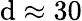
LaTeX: \mathrm{d}\approx30